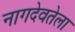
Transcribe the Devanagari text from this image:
नागदेवतेला